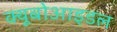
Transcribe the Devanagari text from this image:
क्यूबोआइडल